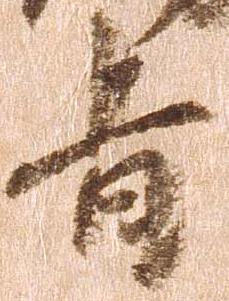
旨